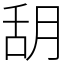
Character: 䑚